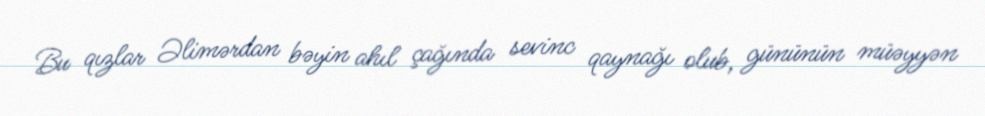
Bu qızlar Əlimərdan bəyin ahıl çağında sevinc qaynağı olub, gününün müəyyən